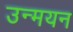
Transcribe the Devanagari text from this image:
उन्मयन